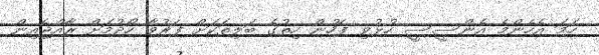
ހަމަ އެހެންމެ އެންސީސީ ހުޅުވި ފަހުން ހިތުގެ ބަލިތަކަށް ފަރުވާ ހޯދުމަށް ރާއްޖެއިން